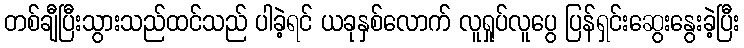
တစ်ချီပြီးသွားသည်ထင်သည် ပါခဲ့ရင် ယခုနှစ်လောက် လူရှုပ်လူပွေ ပြန်ရှင်းဆွေးနွေးခဲ့ပြီး